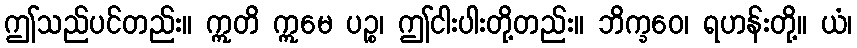
ဤသည်ပင်တည်း။ ဣတိ ဣမေ ပဉ္စ၊ ဤငါးပါးတို့တည်း။ ဘိက္ခဝေ၊ ရဟန်းတို့။ ယံ၊